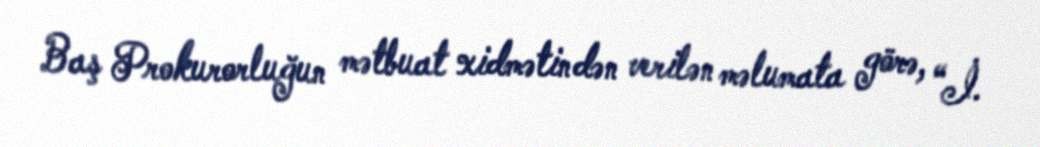
Baş Prokurorluğun mətbuat xidmətindən verilən məlumata görə, “İ.